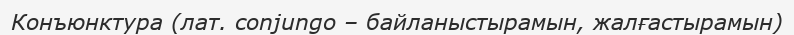
Конъюнктура (лат. conjungo – байланыстырамын, жалғастырамын)